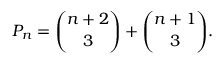
P _ { n } = { \binom { n + 2 } { 3 } } + { \binom { n + 1 } { 3 } } .